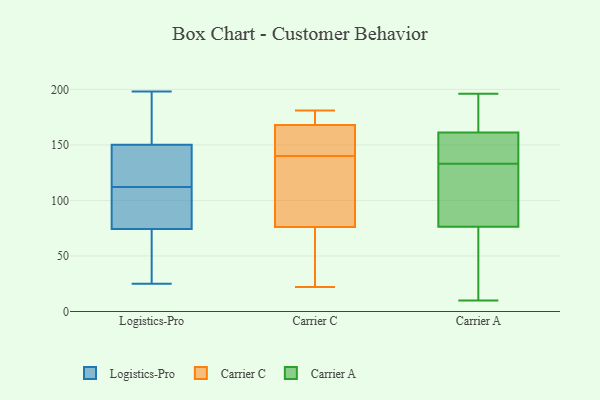
{"axis": {"x": "Shipments", "y": "Value"}, "legend": ["Carrier A", "Carrier C", "Logistics-Pro"], "data": [{"x": "", "y": 180, "type": "Logistics-Pro"}, {"x": "", "y": 148, "type": "Logistics-Pro"}, {"x": "", "y": 75, "type": "Logistics-Pro"}, {"x": "", "y": 151, "type": "Logistics-Pro"}, {"x": "", "y": 131, "type": "Logistics-Pro"}, {"x": "", "y": 80, "type": "Logistics-Pro"}, {"x": "", "y": 168, "type": "Logistics-Pro"}, {"x": "", "y": 43, "type": "Logistics-Pro"}, {"x": "", "y": 145, "type": "Logistics-Pro"}, {"x": "", "y": 145, "type": "Logistics-Pro"}, {"x": "", "y": 35, "type": "Logistics-Pro"}, {"x": "", "y": 74, "type": "Logistics-Pro"}, {"x": "", "y": 112, "type": "Logistics-Pro"}, {"x": "", "y": 70, "type": "Logistics-Pro"}, {"x": "", "y": 96, "type": "Logistics-Pro"}, {"x": "", "y": 155, "type": "Logistics-Pro"}, {"x": "", "y": 25, "type": "Logistics-Pro"}, {"x": "", "y": 198, "type": "Logistics-Pro"}, {"x": "", "y": 88, "type": "Logistics-Pro"}, {"x": "", "y": 179, "type": "Carrier C"}, {"x": "", "y": 150, "type": "Carrier C"}, {"x": "", "y": 131, "type": "Carrier C"}, {"x": "", "y": 76, "type": "Carrier C"}, {"x": "", "y": 168, "type": "Carrier C"}, {"x": "", "y": 179, "type": "Carrier C"}, {"x": "", "y": 164, "type": "Carrier C"}, {"x": "", "y": 24, "type": "Carrier C"}, {"x": "", "y": 98, "type": "Carrier C"}, {"x": "", "y": 152, "type": "Carrier C"}, {"x": "", "y": 119, "type": "Carrier C"}, {"x": "", "y": 139, "type": "Carrier C"}, {"x": "", "y": 39, "type": "Carrier C"}, {"x": "", "y": 175, "type": "Carrier C"}, {"x": "", "y": 64, "type": "Carrier C"}, {"x": "", "y": 22, "type": "Carrier C"}, {"x": "", "y": 181, "type": "Carrier C"}, {"x": "", "y": 141, "type": "Carrier C"}, {"x": "", "y": 40, "type": "Carrier A"}, {"x": "", "y": 56, "type": "Carrier A"}, {"x": "", "y": 83, "type": "Carrier A"}, {"x": "", "y": 143, "type": "Carrier A"}, {"x": "", "y": 10, "type": "Carrier A"}, {"x": "", "y": 147, "type": "Carrier A"}, {"x": "", "y": 172, "type": "Carrier A"}, {"x": "", "y": 133, "type": "Carrier A"}, {"x": "", "y": 196, "type": "Carrier A"}, {"x": "", "y": 40, "type": "Carrier A"}, {"x": "", "y": 161, "type": "Carrier A"}, {"x": "", "y": 146, "type": "Carrier A"}, {"x": "", "y": 117, "type": "Carrier A"}, {"x": "", "y": 193, "type": "Carrier A"}, {"x": "", "y": 105, "type": "Carrier A"}, {"x": "", "y": 162, "type": "Carrier A"}, {"x": "", "y": 93, "type": "Carrier A"}]}